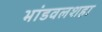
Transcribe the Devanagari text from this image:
भांडवलशहा